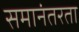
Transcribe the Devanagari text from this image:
समानंतरता